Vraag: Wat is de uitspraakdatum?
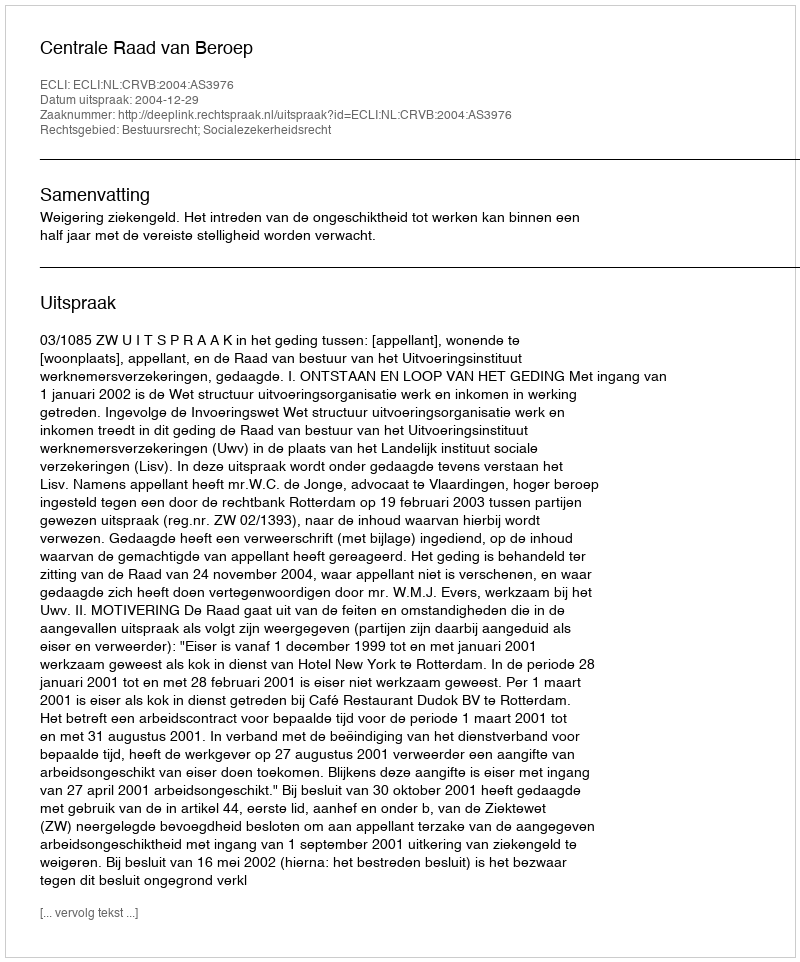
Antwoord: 2004-12-29